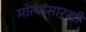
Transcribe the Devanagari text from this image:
मोत्यांसारखी